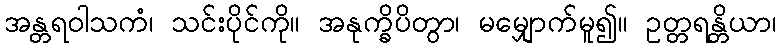
အန္တရဝါသကံ၊ သင်းပိုင်ကို။ အနုက္ခိပိတွာ၊ မမျှောက်မူ၍။ ဥတ္တရန္တိယာ၊